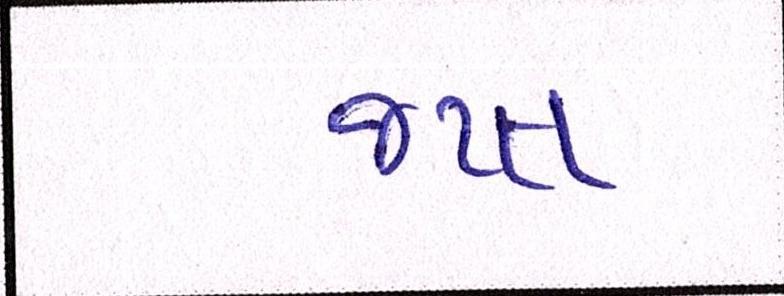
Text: જપ્ત